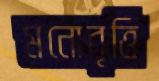
মনোবৃত্তি